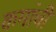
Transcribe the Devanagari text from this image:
कमांची